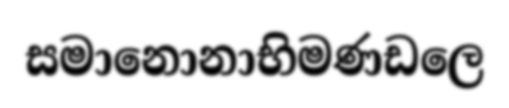
සමානොනාභිමණඩලෙ